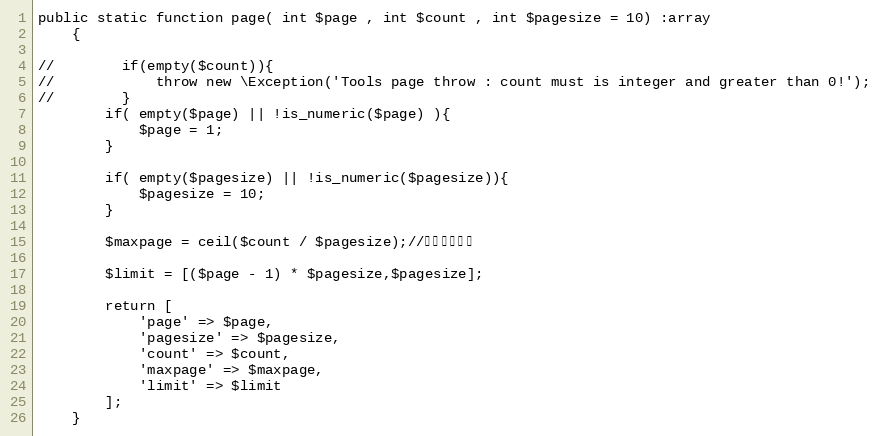
Language: PHP
public static function page( int $page , int $count , int $pagesize = 10) :array
    {

//        if(empty($count)){
//            throw new \Exception('Tools page throw : count must is integer and greater than 0!');
//        }
        if( empty($page) || !is_numeric($page) ){
            $page = 1;
        }

        if( empty($pagesize) || !is_numeric($pagesize)){
            $pagesize = 10;
        }

        $maxpage = ceil($count / $pagesize);//获取最大页数

        $limit = [($page - 1) * $pagesize,$pagesize];

        return [
            'page' => $page,
            'pagesize' => $pagesize,
            'count' => $count,
            'maxpage' => $maxpage,
            'limit' => $limit
        ];
    }